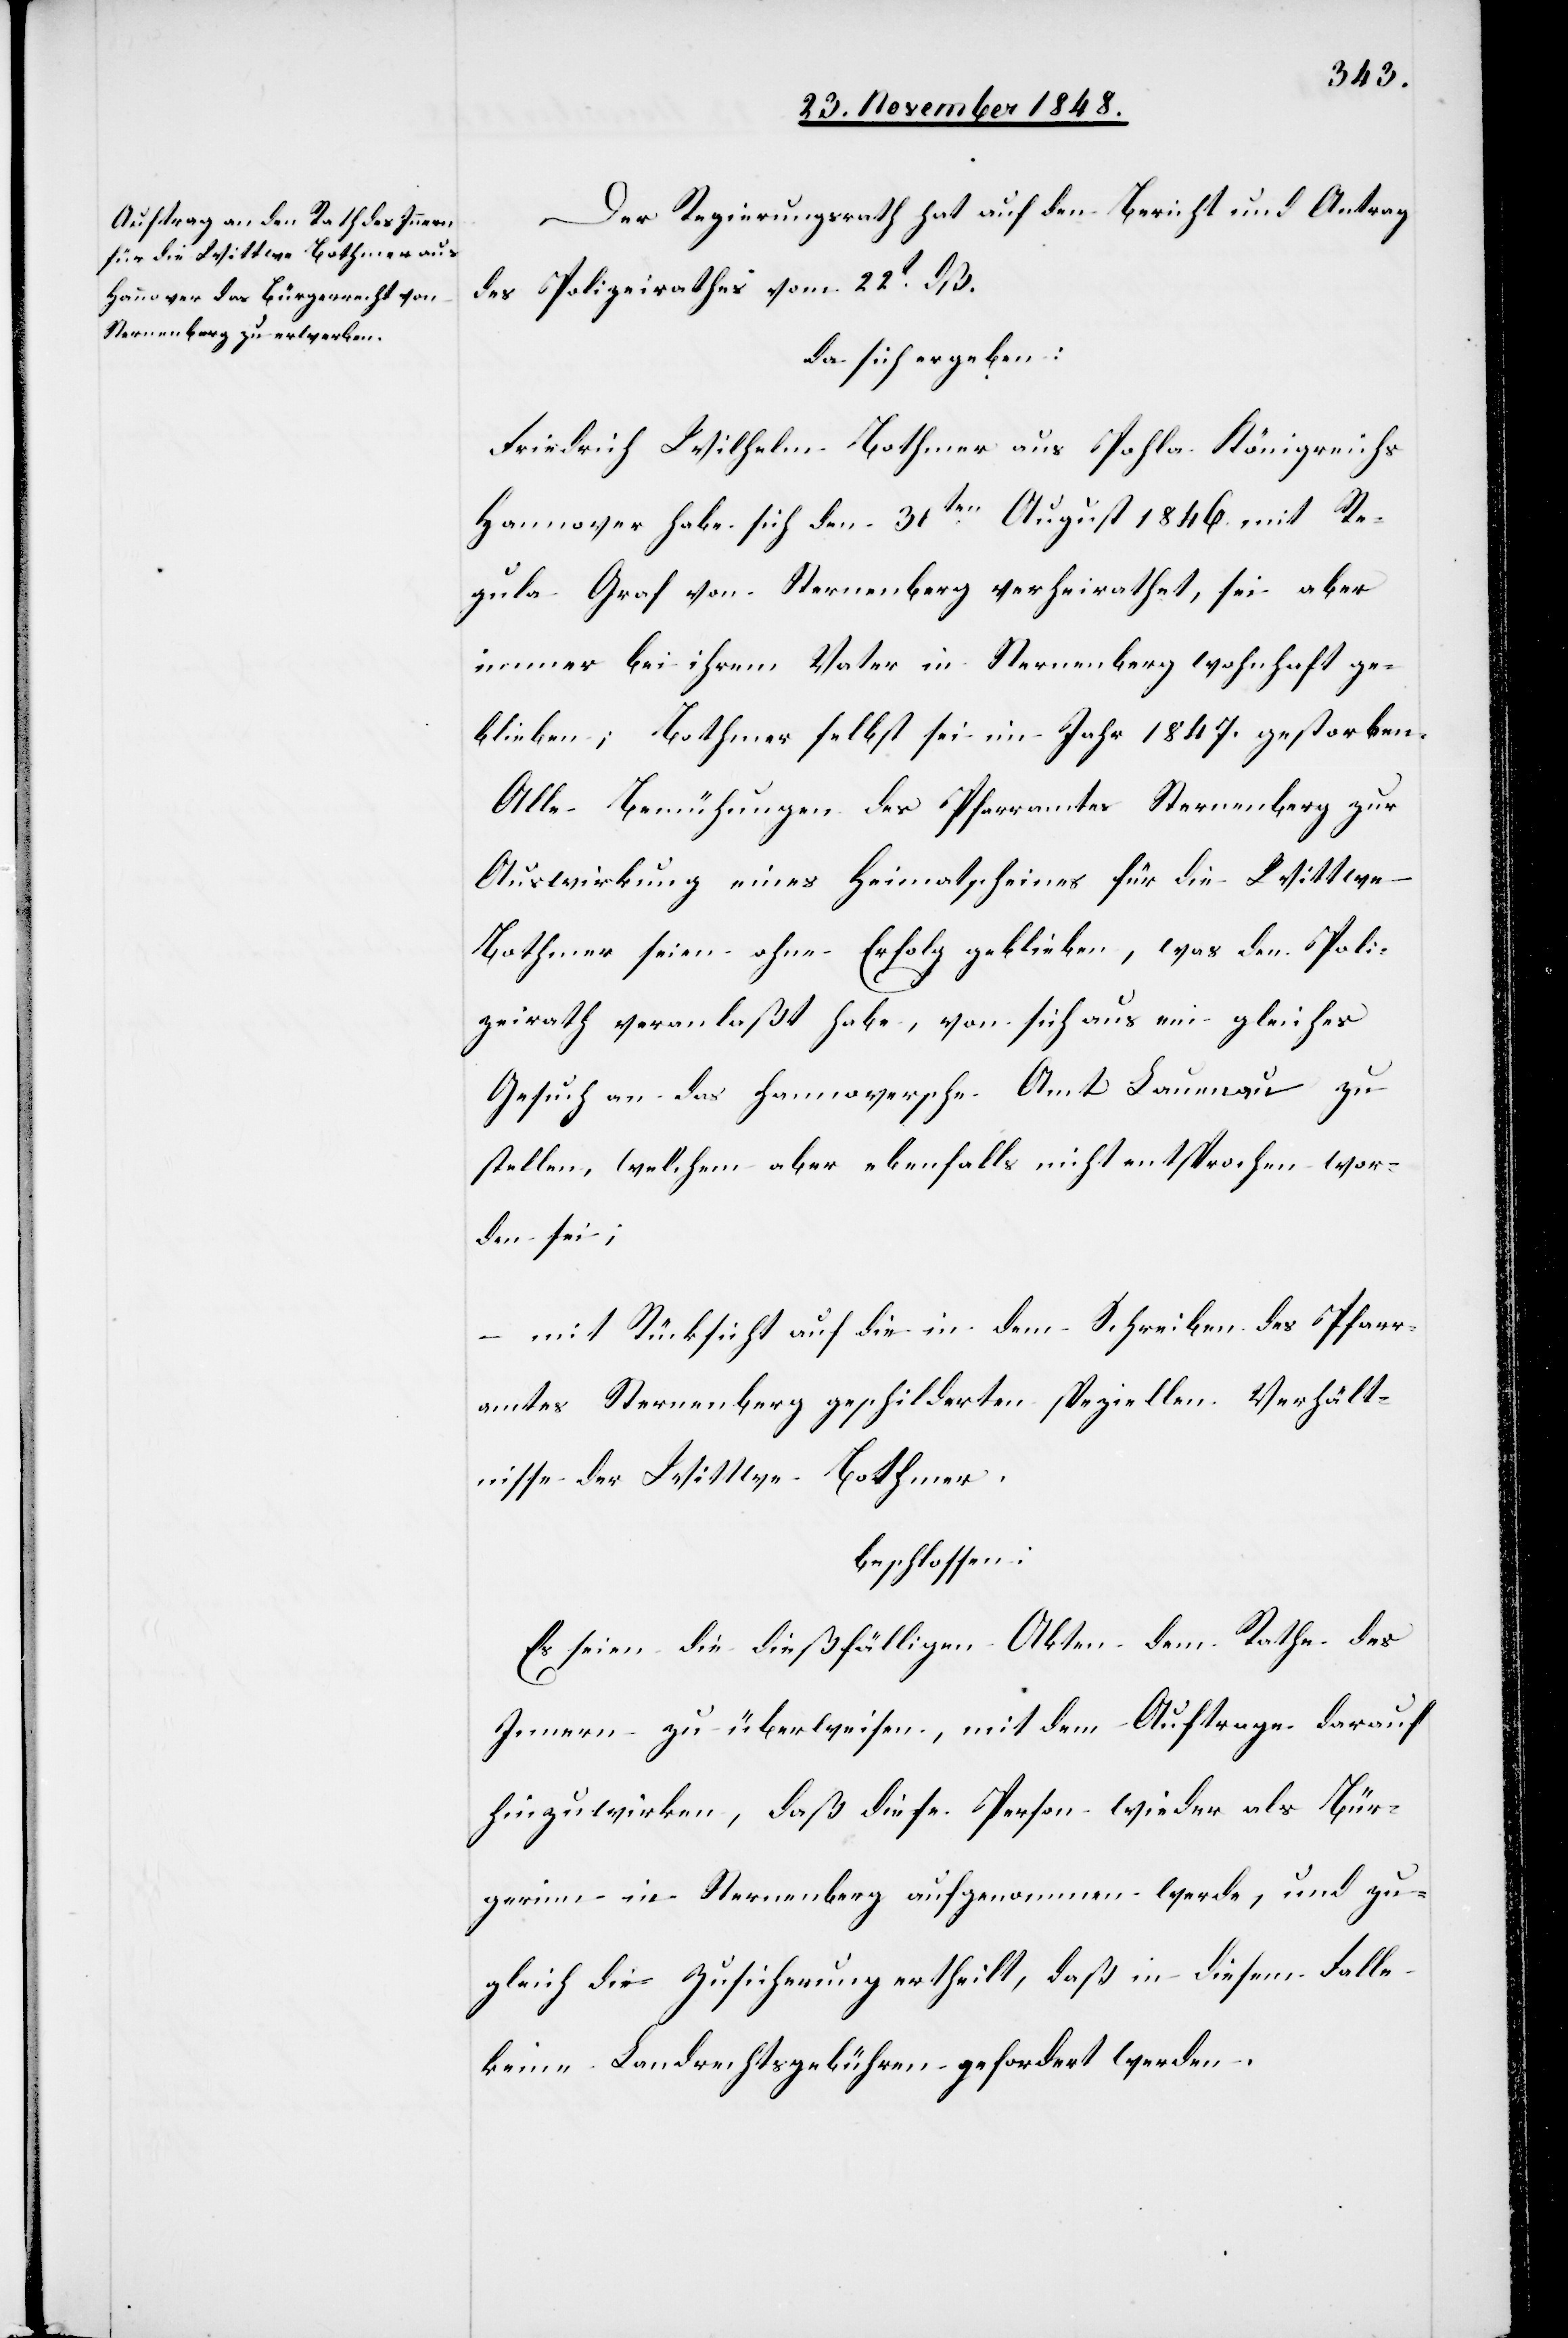
Der Regierungsrath hat auf den Bericht und Antrag
des Polizeirathes vom 22t dß.
da sich ergeben:
Friedrich Wilhelm Bothmer aus Pohla Königreichs
Hannover habe sich den 31ten August 1846. mit Re¬
gula Graf von Sternenberg verheirathet, sei aber
immer bei ihrem Vater in Sternenberg wohnhaft ge¬
blieben; Bothmer selbst sei im Jahr 1847. gestorben.
Alle Bemühungen des Pfarramtes Sternenberg zur
Auswirkung eines Heimatscheines für die Wittwe
Bothmer seien ohne Erfolgt geblieben, was den Poli¬
zeirath veranlaßt habe, von sich aus ein gleiches
Gesuch an das hannoversche Amt Lauenau zu
stellen, welchem aber ebenfalls nicht entsprochen wor¬
den sei;
– Mit Rücksicht auf die in dem Schreiben des Pfarr¬
amtes Sternenberg geschilderten speziellen Verhält¬
nisse der Wittwe Bothmer.
beschlossen:
Es seien die dießfälligen Akten dem Rathe des
Innern zu überweisen, mit dem Auftrage darauf
hinzuwirken, daß diese Person wieder als Bür¬
gerinn in Sternenberg aufgenommen werde, und zu¬
gleich die Zusicherung ertheilt, daß in diesem Falle
keine Landrechtsgebühren gefordert werden.